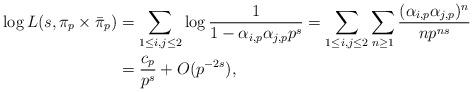
LaTeX: \begin{align*} \log L(s, \pi_p \times \bar \pi_p) &= \sum_{1 \le i, j \le 2 } \log \frac 1{1-\alpha_{i,p}\alpha_{j,p}p^{s}}= \sum_{1 \le i, j \le 2 } \sum_{n \ge 1} \frac{(\alpha_{i,p}\alpha_{j,p})^n}{np^{ns}} \\&= \frac{c_p} {p^{s}} + O(p^{-2s}),\end{align*}